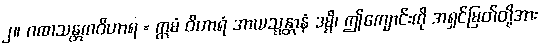
၂။ ဂဏသန္တကဝိဟာရ = ဣမံ ဝိဟာရံ အာယသ္မန္တာနံ ဒမ္မိ၊ ဤကျောင်းကို အရှင်မြတ်တို့အား